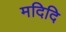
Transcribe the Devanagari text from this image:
मदिदि